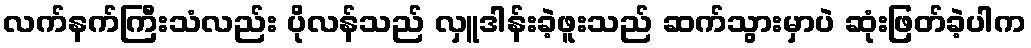
လက်နက်ကြီးသံလည်း ပိုလန်သည် လှူဒါန်းခဲ့ဖူးသည် ဆက်သွားမှာပဲ ဆုံးဖြတ်ခဲ့ပါက